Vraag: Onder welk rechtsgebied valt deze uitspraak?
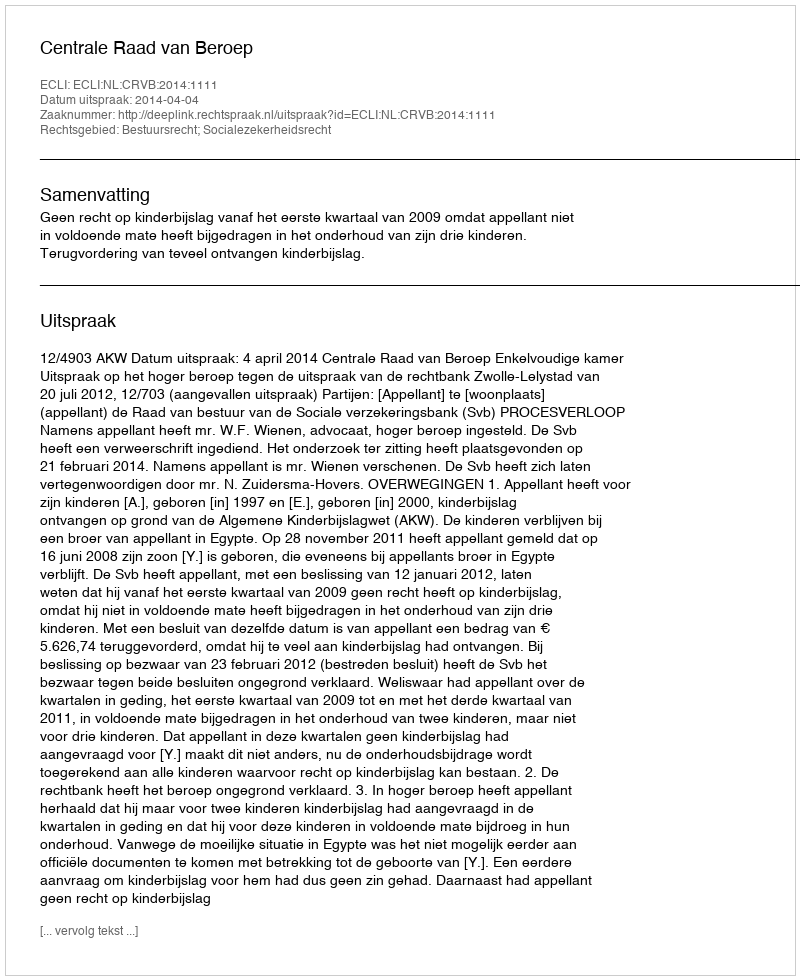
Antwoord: Bestuursrecht; Socialezekerheidsrecht